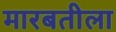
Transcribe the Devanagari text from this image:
मारबतीला